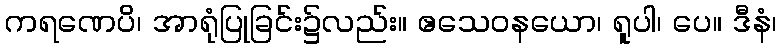
ကရဏေပိ၊ အာရုံပြုခြင်း၌လည်း။ ဧသေဝနယော၊ ရူပါ၊ ပေ။ ဒီနံ၊